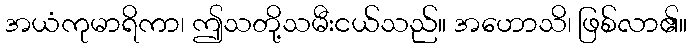
အယံကုမာရိကာ၊ ဤသတို့သမီးငယ်သည်။ အဟောသိ၊ ဖြစ်လာ၏။